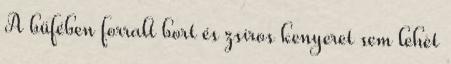
A büfében forralt bort és zsíros kenyeret sem lehet